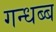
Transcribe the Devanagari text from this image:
गन्धब्ब